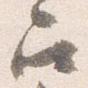
召